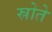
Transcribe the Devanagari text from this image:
स्रोते